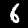
Digit: 6